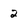
Character: 2